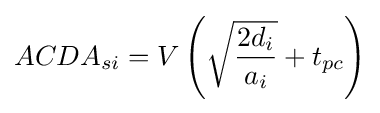
ACDA_{si}=V\left({\sqrt {\frac {2d_{i}}{a_{i}}}}+t_{pc}\right)